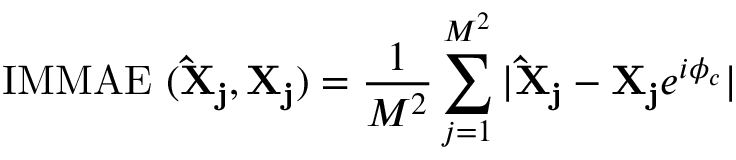
\mathrm { I M M A E \ ( \mathbf { \hat { X } _ { j } } , \mathbf { X _ { j } } ) } = \frac { 1 } { M ^ { 2 } } \sum _ { j = 1 } ^ { M ^ { 2 } } | \mathbf { \hat { X } _ { j } } - \mathbf { X _ { j } } e ^ { i \phi _ { c } } |